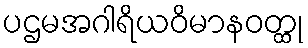
ပဌမအဂါရိယဝိမာနဝတ္ထု